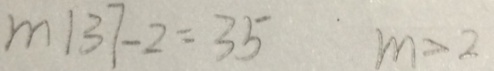
m 1 3 7 - 2 = 3 5 m > 2